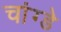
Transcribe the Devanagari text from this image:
चांग्डे